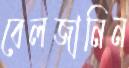
বেলজানিন